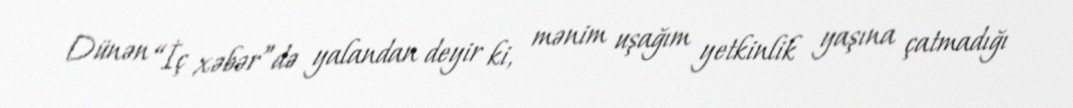
Dünən “İç xəbər”də yalandan deyir ki, mənim uşağım yetkinlik yaşına çatmadığı